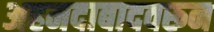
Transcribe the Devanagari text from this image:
अहमदाबादवरून